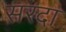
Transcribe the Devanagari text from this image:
सरदा